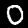
Label: 0